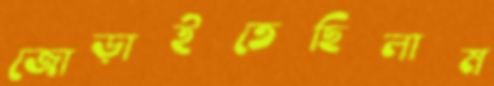
জোড়াইতেছিলাম